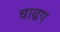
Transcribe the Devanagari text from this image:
वाढप